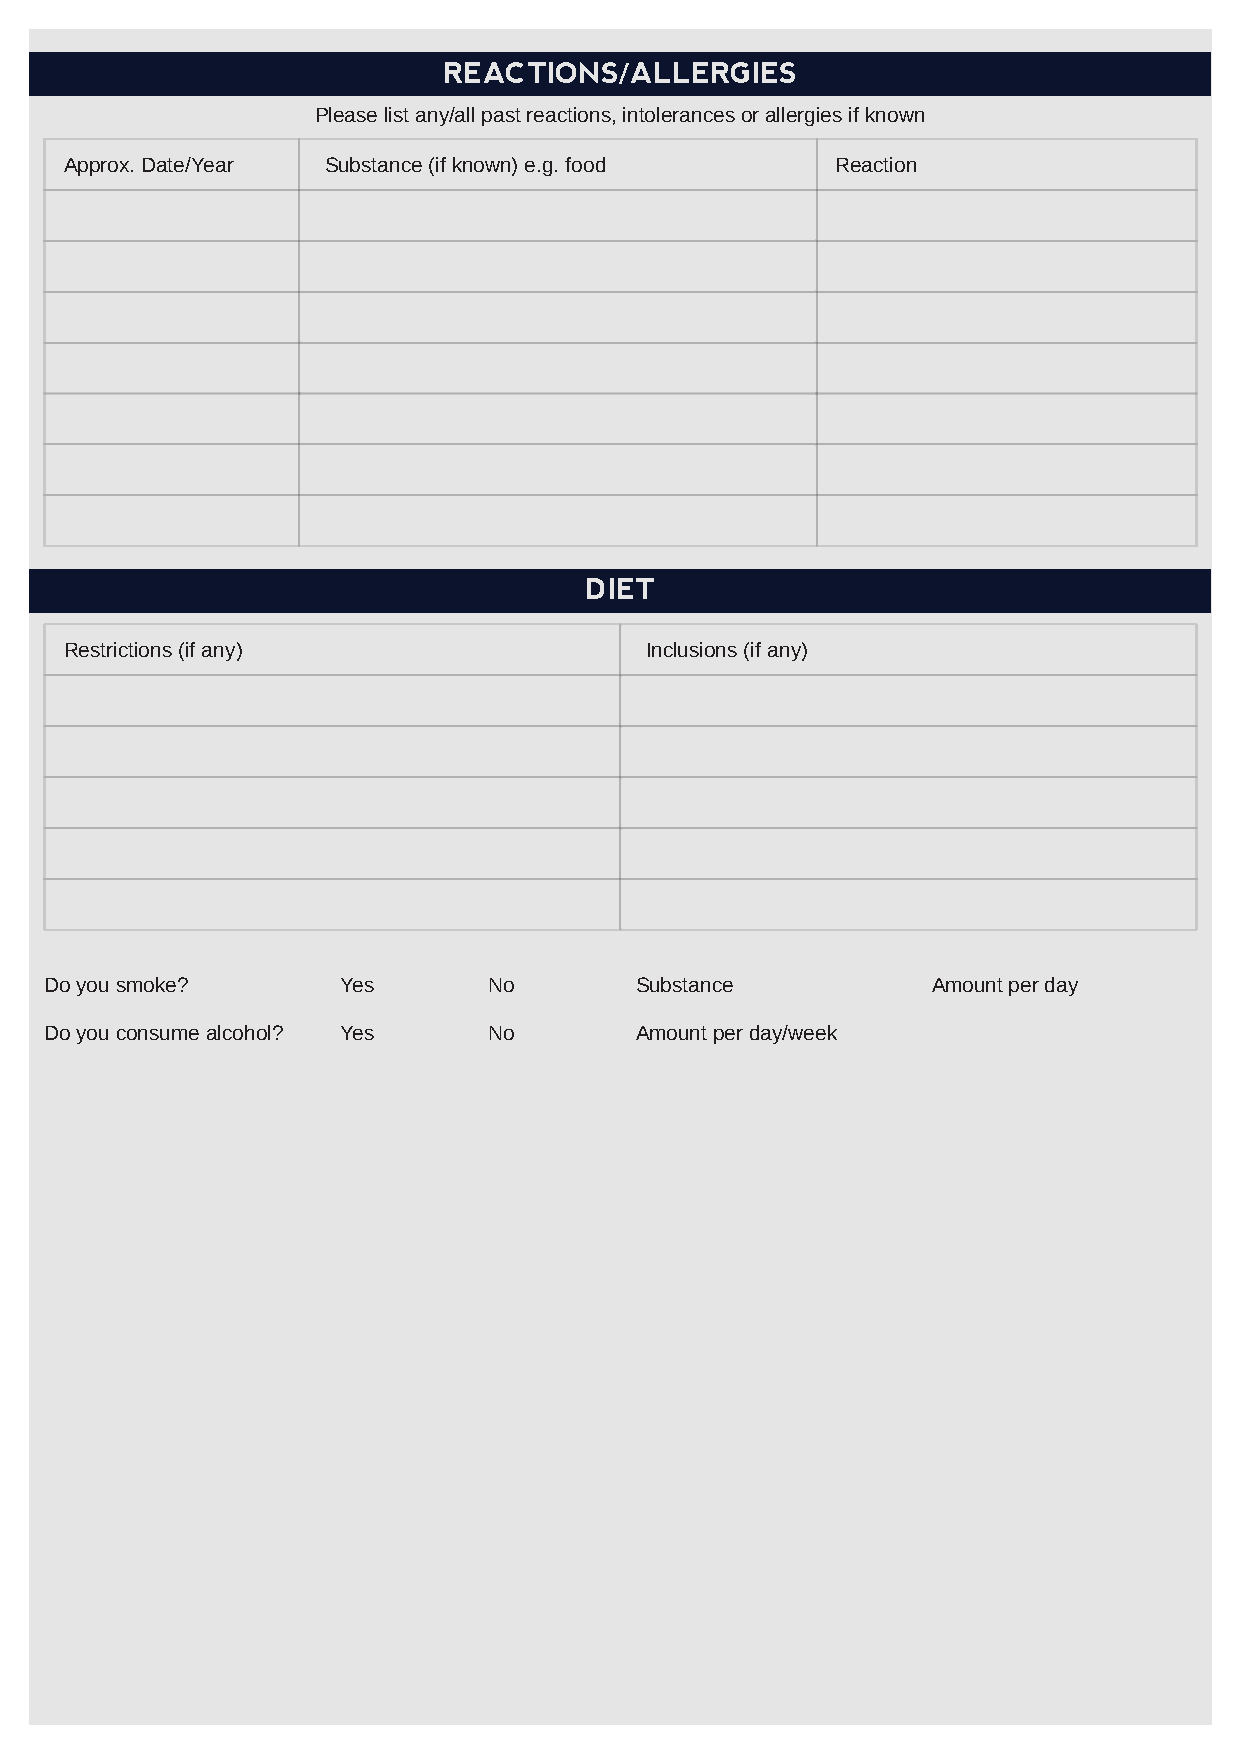
REACTIONS/ALLERGIES
 Please list any/all past reactions, intolerances or allergies if known
 Approx. Date/Year Substance (if known) e.g. food   Reaction
 DIET
 Restrictions (if any)                  Inclusions (if any)
 Do you smoke?       Yes      No        Substance           Amount per day
 Do you consume alcohol? Yes  No        Amount per day/week